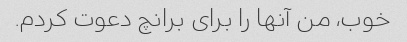
خوب، من آنها را برای برانچ دعوت کردم.